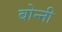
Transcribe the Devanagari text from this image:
बोन्‍नी